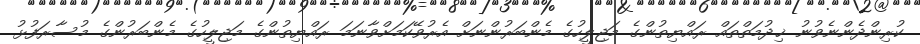
ކުރިންދެންނެވުނު ޚިދުމަތްތައް ރައްޔިތުންގެ މަޖިލީހުގެ މެންބަރުންނަށް އެރުވޭކަމަށްވާނަމަ ރައްޔިތުންގެ މަޖިލީހުގެ މެންބަރުންގެ މުސާރަފުޅު